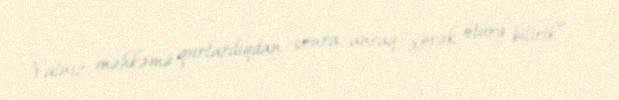
Yalnız məhkəmə qurtardıqdan sonra ancaq xörək ötürə bilirik”.